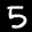
Label: 5